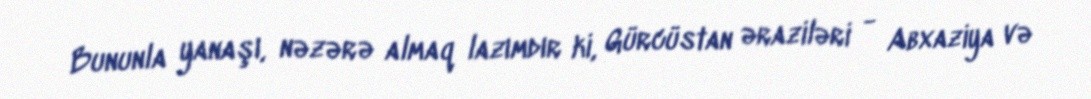
Bununla yanaşı, nəzərə almaq lazımdır ki, Gürcüstan əraziləri - Abxaziya və